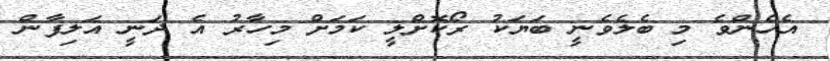
އެހެންވެ މި ބެލެވެނީ ބަޔަކު ރޯކޮށްލީ ކަމަށް މިހާރު އެ ދަނީ އަލިފާން